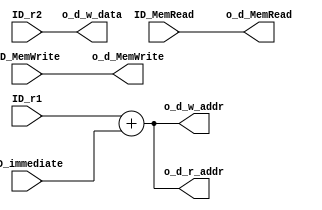
module Mem_adder #(
    parameter DATA_W = 64,
    parameter ADDR_W = 64
) (
    input                       ID_MemRead,
    input                       ID_MemWrite,
    input   [DATA_W-1:0]        ID_r1,
    input   [DATA_W-1:0]        ID_r2,
    input   [11:0]              ID_immediate,
    output  [ DATA_W-1 : 0 ]    o_d_w_data,     // to data memory
    output  [ ADDR_W-1 : 0 ]    o_d_w_addr,     // to data memory
    output  [ ADDR_W-1 : 0 ]    o_d_r_addr,     // to data memory
    output                      o_d_MemRead,    // to data memory
    output                      o_d_MemWrite   // to data memory
);

assign o_d_w_data   = ID_r2;
assign o_d_w_addr   = ID_r1 + ID_immediate;
assign o_d_r_addr   = ID_r1 + ID_immediate;
assign o_d_MemRead  = ID_MemRead;
assign o_d_MemWrite = ID_MemWrite;
    
endmodule